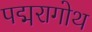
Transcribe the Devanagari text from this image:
पद्मरागोथ